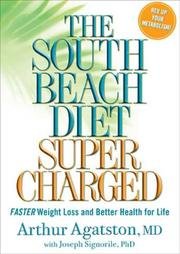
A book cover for The South Beach Diet Super Charged; Arthur Agatston; Health, Fitness & Dieting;